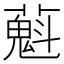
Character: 𬞴